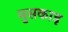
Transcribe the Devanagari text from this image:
मुसकाइ